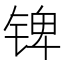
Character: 𰾎